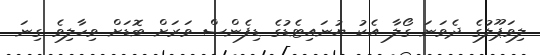
ލިވަޕޫލުގެ ދެވަނަ ގޯލާ އެކު ޔުނައިޓެޑުގެ ޑިފެންސް ވަރަށް ބޮޑަށް ވިހާލިވެ ގިނަ